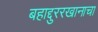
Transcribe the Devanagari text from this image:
बहाद्दुररखानाचा